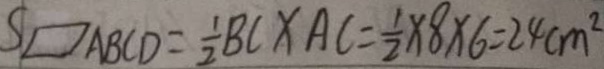
S _ { \square A B C D } = \frac { 1 } { 2 } B C \times A C = \frac { 1 } { 2 } \times 8 \times 6 = 2 4 c m ^ { 2 }